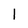
Character: 1